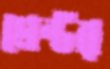
মেন্টর